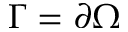
\Gamma = \partial \Omega